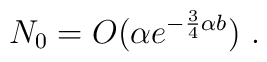
N_0 = O(\alpha e^{-\frac{3}{4}\alpha b})\ .